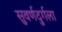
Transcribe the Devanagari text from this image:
सुवर्णदुर्गला